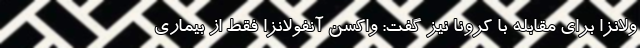
ولانزا برای مقابله با کرونا نیز گفت: واکسن آنفولانزا فقط از بیماری